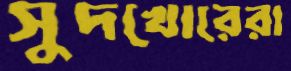
সুদখোরেরা